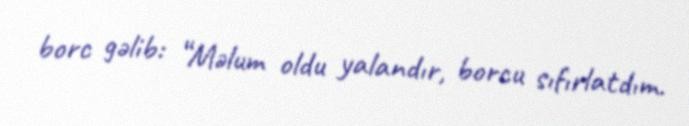
borc gəlib: “Məlum oldu yalandır, borcu sıfırlatdım.